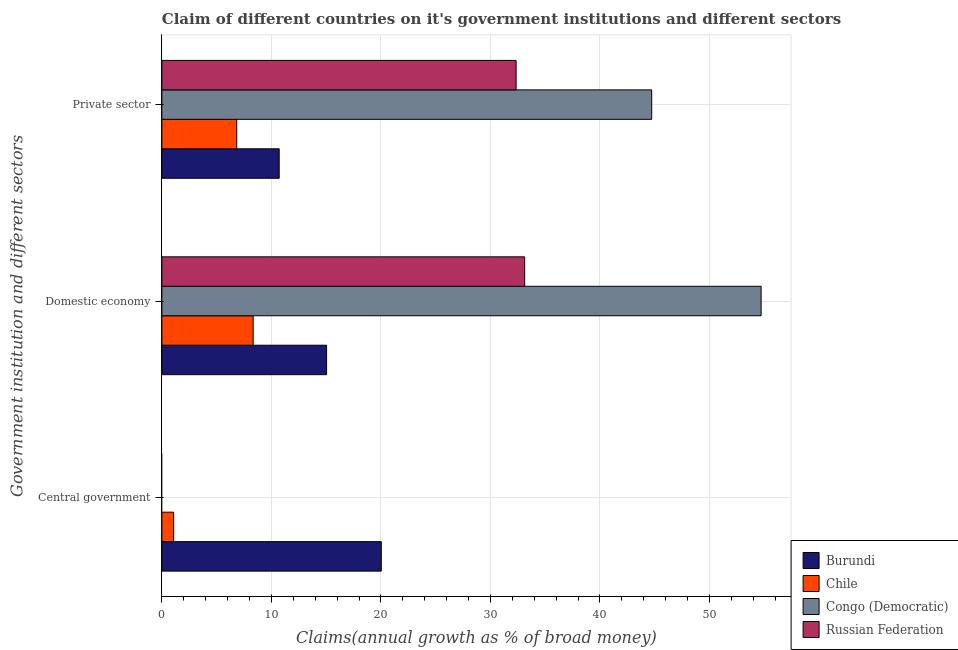
| Government institution and different sectors | Burundi | Chile | Congo (Democratic) | Russian Federation |
 | --- | --- | --- | --- | --- |
 | Central government | 20 | 1.08 | -9.1 | -2.61 |
 | Domestic economy | 15 | 8.34 | 54.7 | 33.1 |
 | Private sector | 10.7 | 6.84 | 44.7 | 32.3 |